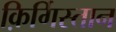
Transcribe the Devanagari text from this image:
क़िर्गिस्तान